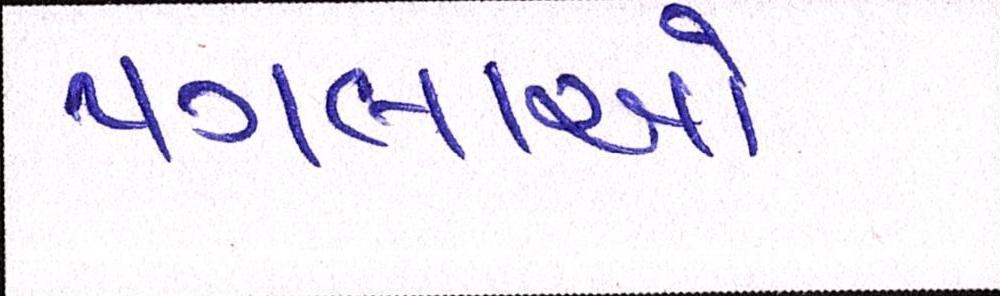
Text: પગલાઓ